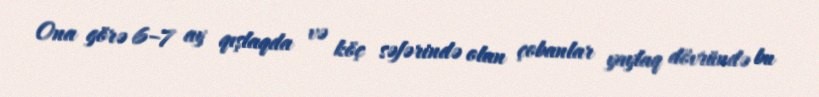
Ona görə 6–7 ay qışlaqda və köç səfərində olan çobanlar yaylaq dövründə bu